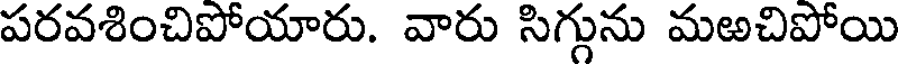
పరవశించిపోయారు. వారు సిగ్గును మఱచిపోయి